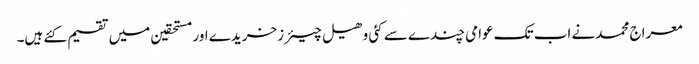
معراج محمدنے اب تک عوامی چندے سے کئی وھیل چیئرزخریدے اور مستحقین میں تقسیم کئے ہیں۔